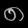
Digit: ၈